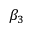
\beta _ { 3 }